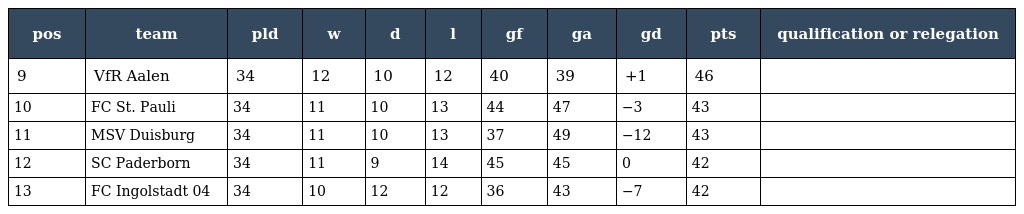
| pos | team | pld | w | d | l | gf | ga | gd | pts | qualification or relegation |
 | --- | --- | --- | --- | --- | --- | --- | --- | --- | --- | --- |
 | 9 | VfR Aalen | 34 | 12 | 10 | 12 | 40 | 39 | +1 | 46 |  |
 | 10 | FC St. Pauli | 34 | 11 | 10 | 13 | 44 | 47 | −3 | 43 |  |
 | 11 | MSV Duisburg | 34 | 11 | 10 | 13 | 37 | 49 | −12 | 43 |  |
 | 12 | SC Paderborn | 34 | 11 | 9 | 14 | 45 | 45 | 0 | 42 |  |
 | 13 | FC Ingolstadt 04 | 34 | 10 | 12 | 12 | 36 | 43 | −7 | 42 |  |